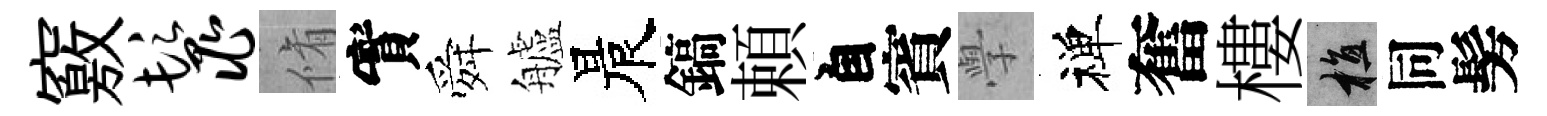
竅鬣脩實舜艫晨鎬頼自賓𭓕禅奮樓植同髣